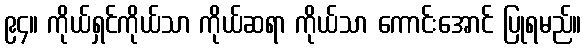
၉၄။ ကိုယ်ရှင်ကိုယ်သာ ကိုယ်ဆရာ ကိုယ်သာ ကောင်းအောင် ပြုရမည်။